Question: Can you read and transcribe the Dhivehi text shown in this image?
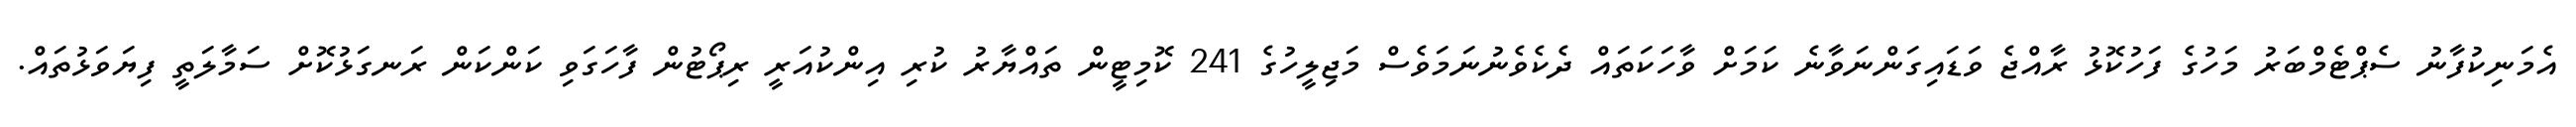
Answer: އެމަނިކުފާނު ސެޕްޓެމްބަރު މަހުގެ ފަހުކޮޅު ރާއްޖެ ވަޑައިގަންނަވާނެ ކަމަށް ވާހަކަތައް ދެކެވެނުނަމަވެސް މަޖިލީހުގެ 241 ކޮމިޓީން ތައްޔާރު ކުރި އިންކުއަރީ ރިޕޯޓުން ފާހަގަވި ކަންކަން ރަނގަޅުކޮށް ސަމާލަތީ ފިޔަވަޅުތައް.